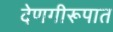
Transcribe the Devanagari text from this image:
देणगीरूपात